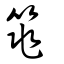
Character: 筄